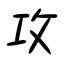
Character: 攻